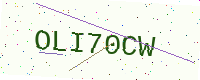
Text: OLI70CW